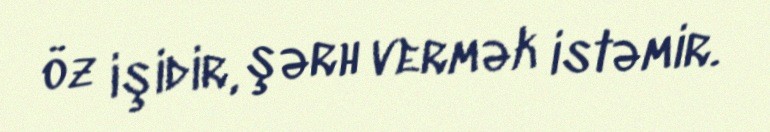
öz işidir, şərh vermək istəmir.